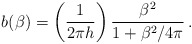
\begin{align*}b(\beta)=\left(\frac{1}{2\pi h}\right)\frac{\beta^{2}}{1+\beta^{2}/4\pi}\,.\end{align*}